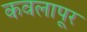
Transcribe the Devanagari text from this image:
कवलापूर